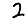
Digit: 2